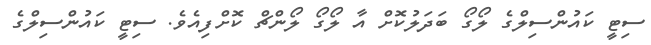
ސިޓީ ކައުންސިލްގެ ލޯގޯ ބަދަލުކޮށް އާ ލޯގޯ ލޯންޗް ކޮށްފިއެވެ. ސިޓީ ކައުންސިލްގެ